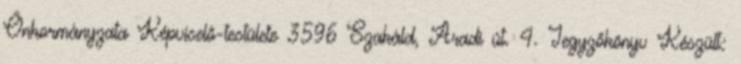
Önkormányzata Képviselő-testülete 3596 Szakáld, Aradi út. 4. Jegyzőkönyv Készült: